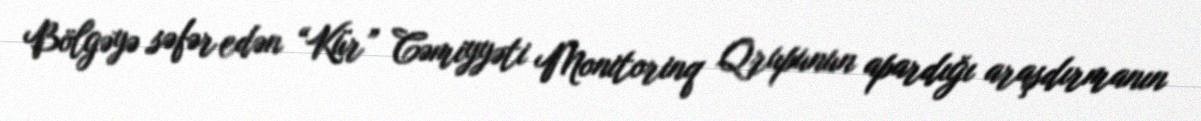
Bölgəyə səfər edən “Kür” Cəmiyyəti Monitorinq Qrupunun apardığı araşdırmanın